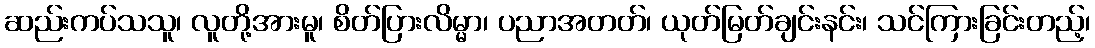
ဆည်းကပ်သသူ၊ လူတို့အားမူ၊ စိတ်ပြားလိမ္မာ၊ ပညာအတတ်၊ ယုတ်မြတ်ချင်းနင်း၊ သင်ကြားခြင်းတည့်၊